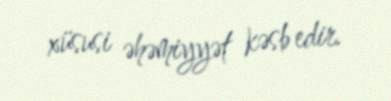
xüsusi əhəmiyyət kəsb edir.